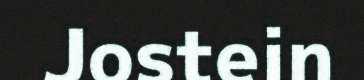
Jostein